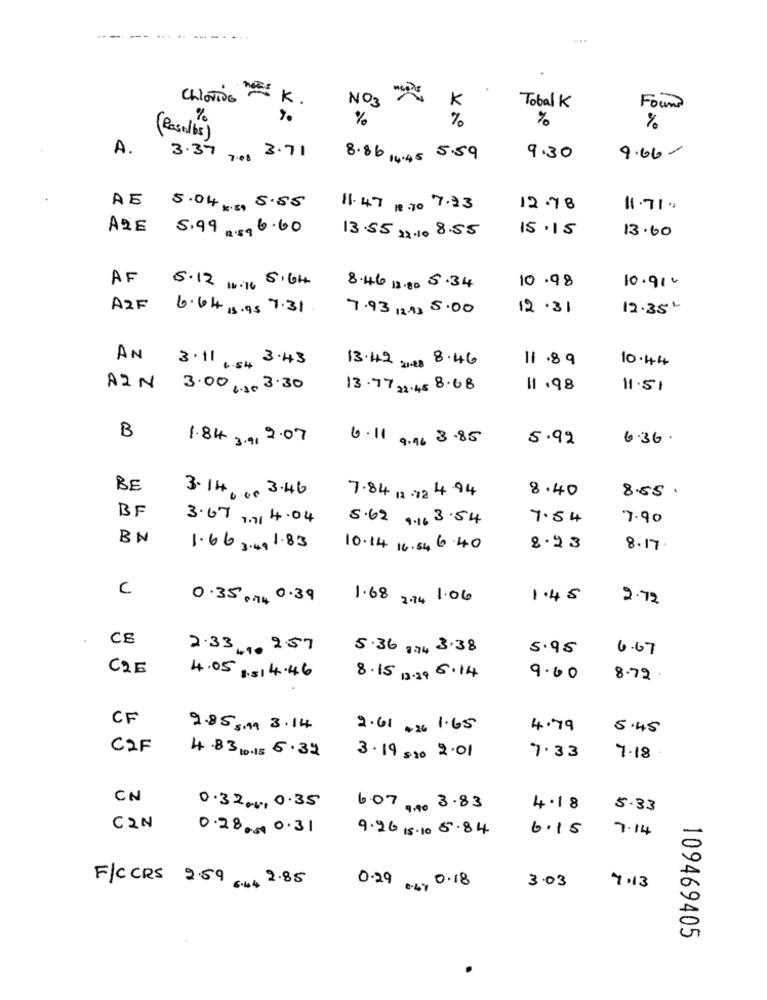
ChloriOG
K .
NO3 22
K
Tobal K
Found
%
%
%
%
%
( Basel bs )
A.
3.37
3.71
7:03
8.86 14.45 5.59
9.30
9.06-
AE 5.04. 5.55
11.47 18 :70 7.33
12.78
1.71.
ARE
5.99 9 6.60
13.55 23 .1. 8.55
15.15
13.60
AF
5.12 161, 5.64
10.98
8.46 13.80 5.34
10.91.
A2F
6.44 13.95 7.31
7.93 1 .. ) 5.00
12.31
12.35
AN
3.11. 3.43
13.42 ges 8.46
11.89
10.44
AZ N 3.00 120 3.30
13.77 22.45 8.68
11.98
11.51
B
1.84 39, 2.07
6.11 9.96 3.85
5.92
6.36.
BE
3.14. .. 3.46
8.40
7.84 12 .72 4.94
8.55.
BF
3.67 9.7 4.04
5.62 9.16 3.54
7.54
7.90
BN
1.66 3.4. 1.83
10.14. 16.54 6 40
8.23
8.17
C
0.35 .74 0.39
1.68 2.74 1.06
1.45
2.72
CE
2.33 .,, 257
5.36 1.4 3.38
5.95
6.67
C2E
4.05 .5 4.46
8.15 13.29 6.14
9.00
8.72
CF
2.85 Sm 3.14
2.61 +26 1.65
4.79
5.45
CIF
4.83 to 15 6.32
3.19 :20 2.01
7.33
7-18
CN
0.32 ... 0.35
6.07 , 4. 3.83
4.18
5.33
C2N
0.2800. 0.31
9.26 15.10 5.84
6.15
7.14
3.03
FICCRS 2.59 66. 2.85
0.29 B. 4. 0.18
7.13
109469405